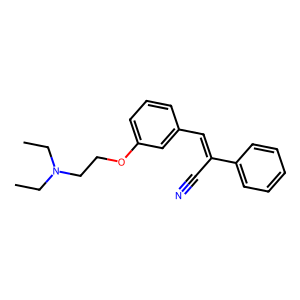
SMILES: CCN(CC)CCOc1cccc(C=C(C#N)c2ccccc2)c1
Inhibits HIV replication: No